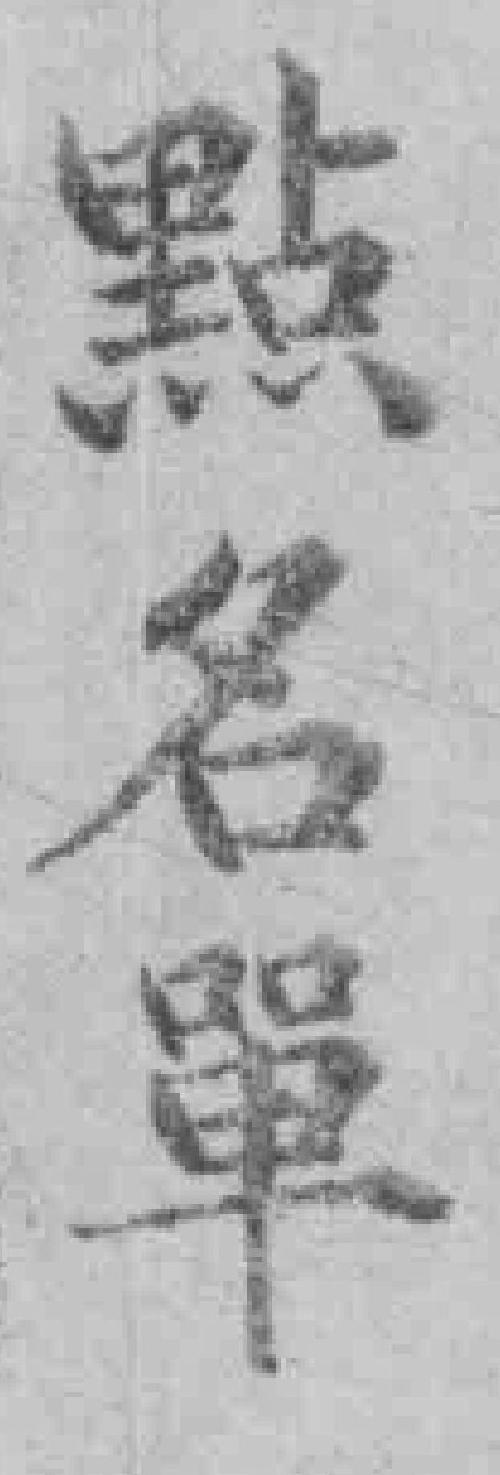
點名單